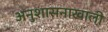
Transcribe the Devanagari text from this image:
अनुशासनाखाली